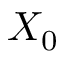
X _ { 0 }